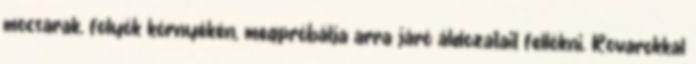
mocsarak, folyók környékén, megpróbálja arra járó áldozatait fellökni. Rovarokkal